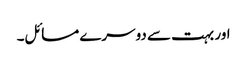
اور بہت سے دوسرے مسائل۔